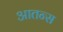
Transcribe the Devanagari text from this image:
आतन्स